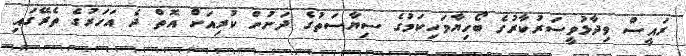
ރައީސް ވިދާޅުވީސަރުކާރުގެ ބޯހިޔާވަހިކަމުގެ ސިޔާސަތުގެ ދަށުން ކުރިއަށް އޮތް ދެ އަހަރުގެ ތެރޭގައި